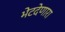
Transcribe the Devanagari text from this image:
भेटदेणारा